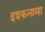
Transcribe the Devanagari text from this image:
इश्कनामा